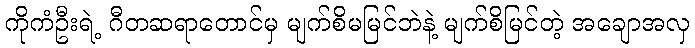
ကိုကံဦးရဲ့ ဂီတဆရာတောင်မှ မျက်စိမမြင်ဘဲနဲ့ မျက်စိမြင်တဲ့ အချောအလှ